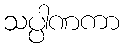
သပ္ပါဏကာ